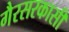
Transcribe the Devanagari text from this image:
गैरसरकासी